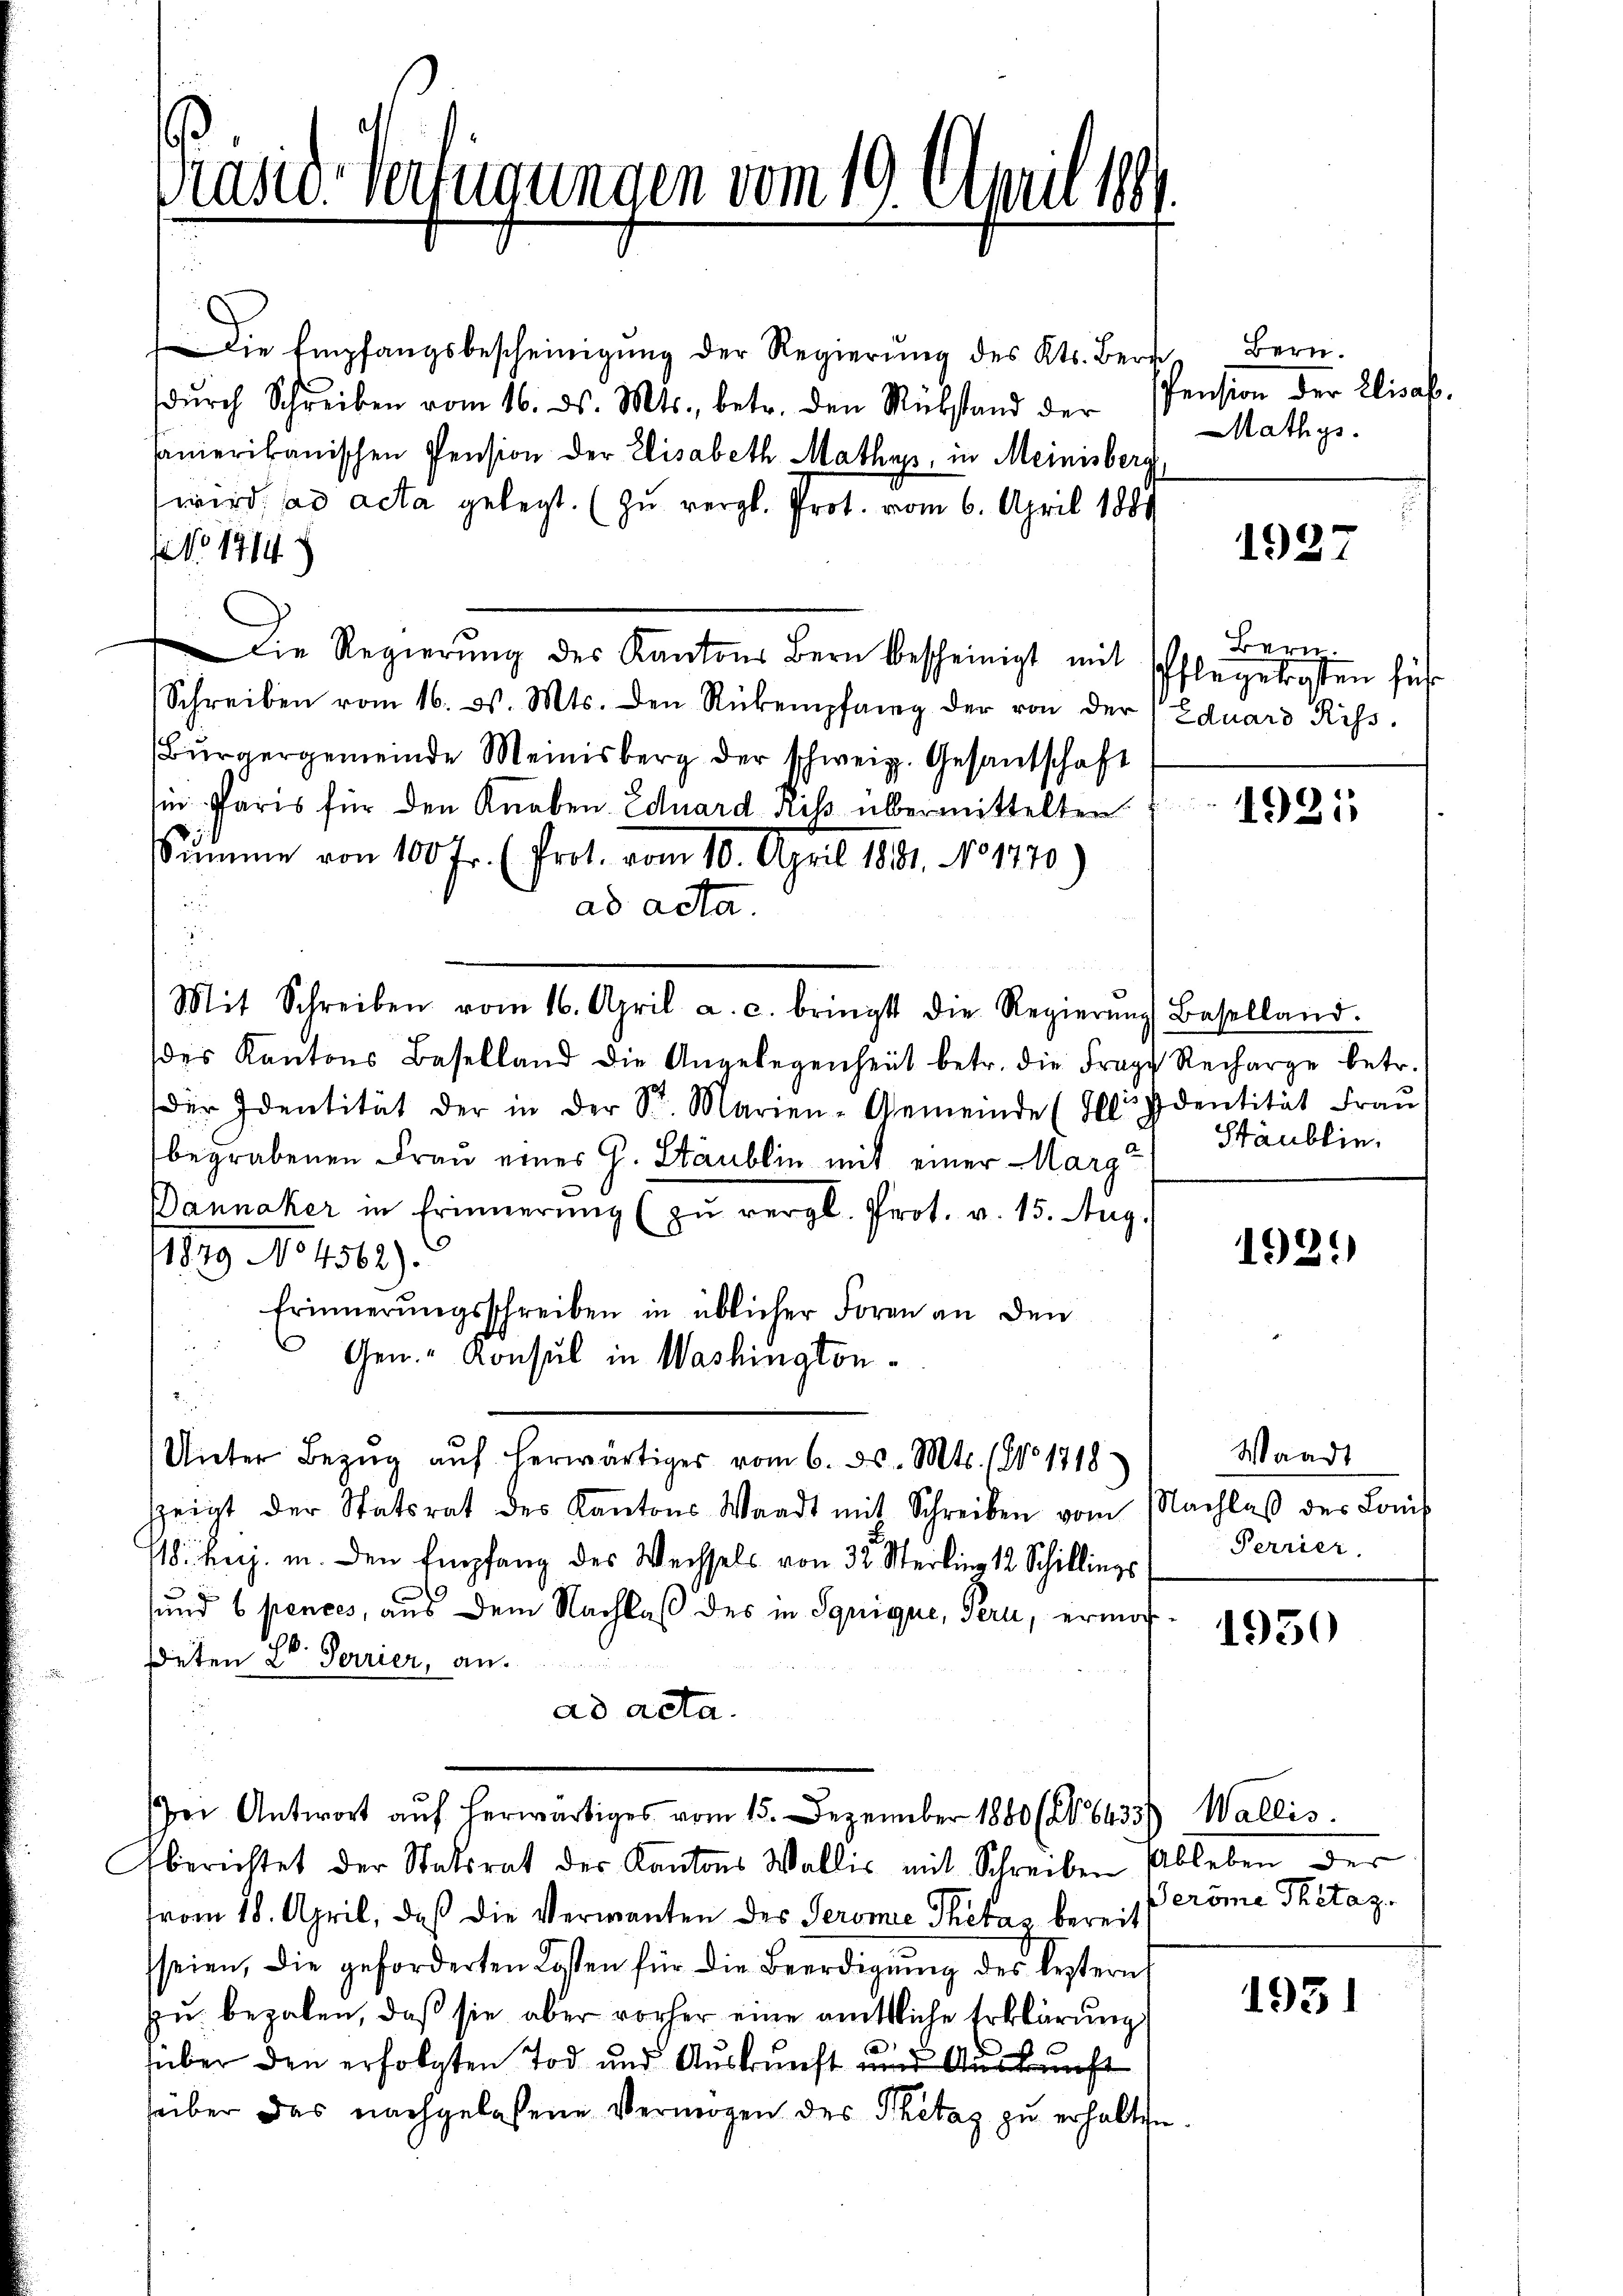
Präsid. Verfügungen vom 19. April 1891.

Die Empfangsbescheinigung der Regierung des Kts. Bergdŭrch Schreiben vom 16. ds. Mts., betr. den Rükstand der Pension der Elisab.
samerikanischen Pension der Elisabeth Mathyss, in Meinisberg
wird ad acta gelegt. (Zu vergl. Prot. vom 6. April 1889
No 1714
Die Regierŭng des Kantons Bern bescheinigt mit Pflegekigten führ
Schreiben vom 16. d. Mts. den Rückempfang der von der Eduard Riss.
Bürgergemeinde Meinisberg der schweiz. Gesandschaft
in Paris für den Knaben Eduard Riß übermittelten
Summe von 100 Fr. (Prot. vom 10. April 1881. No 1770.)
i
ad acta.
.
Mit Schreiben vom 16. April a. c. bringt die Regierŭng Baselland.
des Kantons Baselland die Angelegenheit betr. die Frage Recharge betr.
der Identität der in der Sr. Marien-Gemeinde (IIdentität Fraŭ
begrabenen Frau eines G. Stäublin mit einer Marg
Dannaker in Erinnerung (zu vergl. Prot. v. 15. Aug.
11879 No 4562)
Erinnerungsschreiben in üblicher Foren an den
Gen.- Konsul in Washington-
Unter Bezŭg aŭf herwärtiger vom 6. ds. Mts. 181718)
zeigt der Statsrat des Kantons Waadt mit Schreiben vom Nachlaβ der Louis
/18. huj. in den Empfang des Wechsels von 32 Sterling 12 Schillings
f
sund 6 pences, aus dem Nachlaß des in Sgrique, Pern, ermoch
deten Lo Terrier, an.
ad acta.
er Antwort aŭf herwärtiges vom 15. Dezember 1880 (116433) Wallis.
berichtet der Statsrat der Kantons Wallis mit Schreiben Ableben der
vom 18. April, daß die Vermanten des Jeromie Phétas bereit
seien, die geforderten Losten für die Beerdigŭng des bestern
zu bezalen, daß sie aber vorher eine mittliche Erklärung
über den erfolgten Tod und Auskunft und Auskunft
uiber das nachgelassene Vermögen des Thetag zu erhalten

Bern.
Mathys.

1927

Bern.

1921

Stäublin.

1921)

Waadt
Ferrier.

1950

Beröme Thitaz

1951